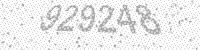
Solution: 929248